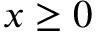
x \ge 0